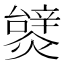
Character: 𤐮